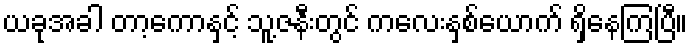
ယခုအခါ တာ့ကောနှင့် သူ့ဇနီးတွင် ကလေးနှစ်ယောက် ရှိနေကြပြီ။